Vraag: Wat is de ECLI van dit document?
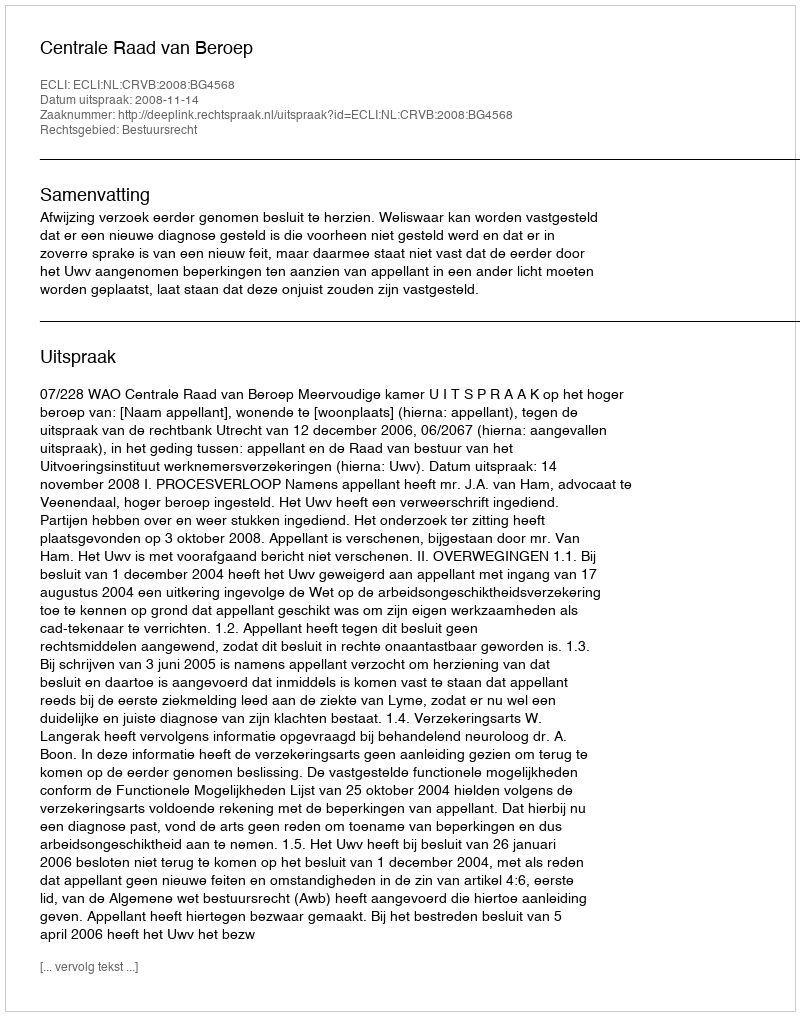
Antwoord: ECLI:NL:CRVB:2008:BG4568